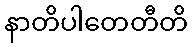
နာတိပါတေတီတိ